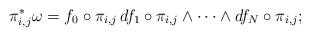
LaTeX: \begin{align*} \pi_{i,j}^*\omega=f_0\circ\pi_{i,j}\,df_1\circ\pi_{i,j}\wedge\cdots\wedge df_N\circ\pi_{i,j};\end{align*}